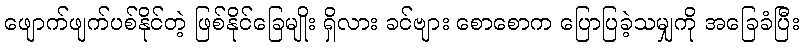
ဖျောက်ဖျက်ပစ်နိုင်တဲ့ ဖြစ်နိုင်ခြေမျိုး ရှိလား ခင်ဗျား စောစောက ပြောပြခဲ့သမျှကို အခြေခံပြီး